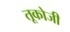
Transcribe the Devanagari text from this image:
तूकोजी